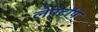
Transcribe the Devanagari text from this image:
लैपटाॅप